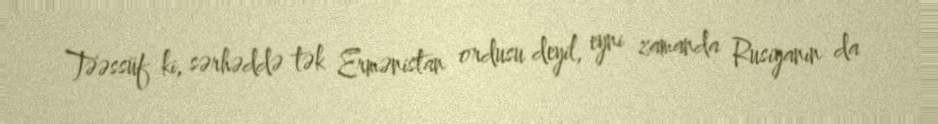
Təəssüf ki, sərhəddə tək Ermənistan ordusu deyil, eyni zamanda Rusiyanın da